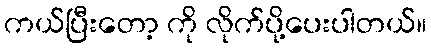
ကယ်ပြီးတော့ ကို လိုက်ပို့ပေးပါတယ်။